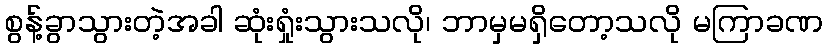
စွန့်ခွာသွားတဲ့အခါ ဆုံးရှုံးသွားသလို၊ ဘာမှမရှိတော့သလို မကြာခဏ